Report on the bubonic plague in Bombay, 1896-1897
Year: 1896
Disease focus: Plague
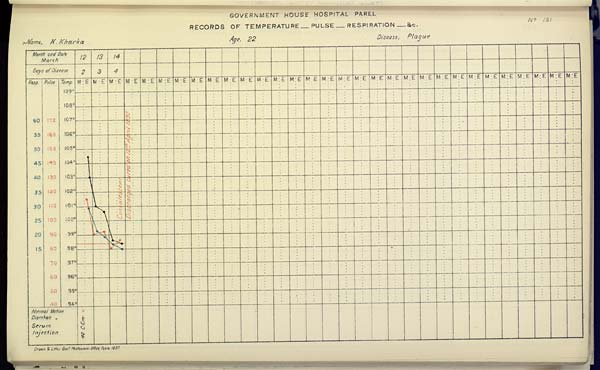
GOVERNMENT HOUSE HOSPITAL PAREL
RECORDS OF TEMPERATURE __ PULSE __ RESPIRATION __ &c. No. 151
Name,
K.
Kharka
Age,
22
Disease,
Plague
Drawn & Litho Govt. Photozinco, Office, Poona 1897.